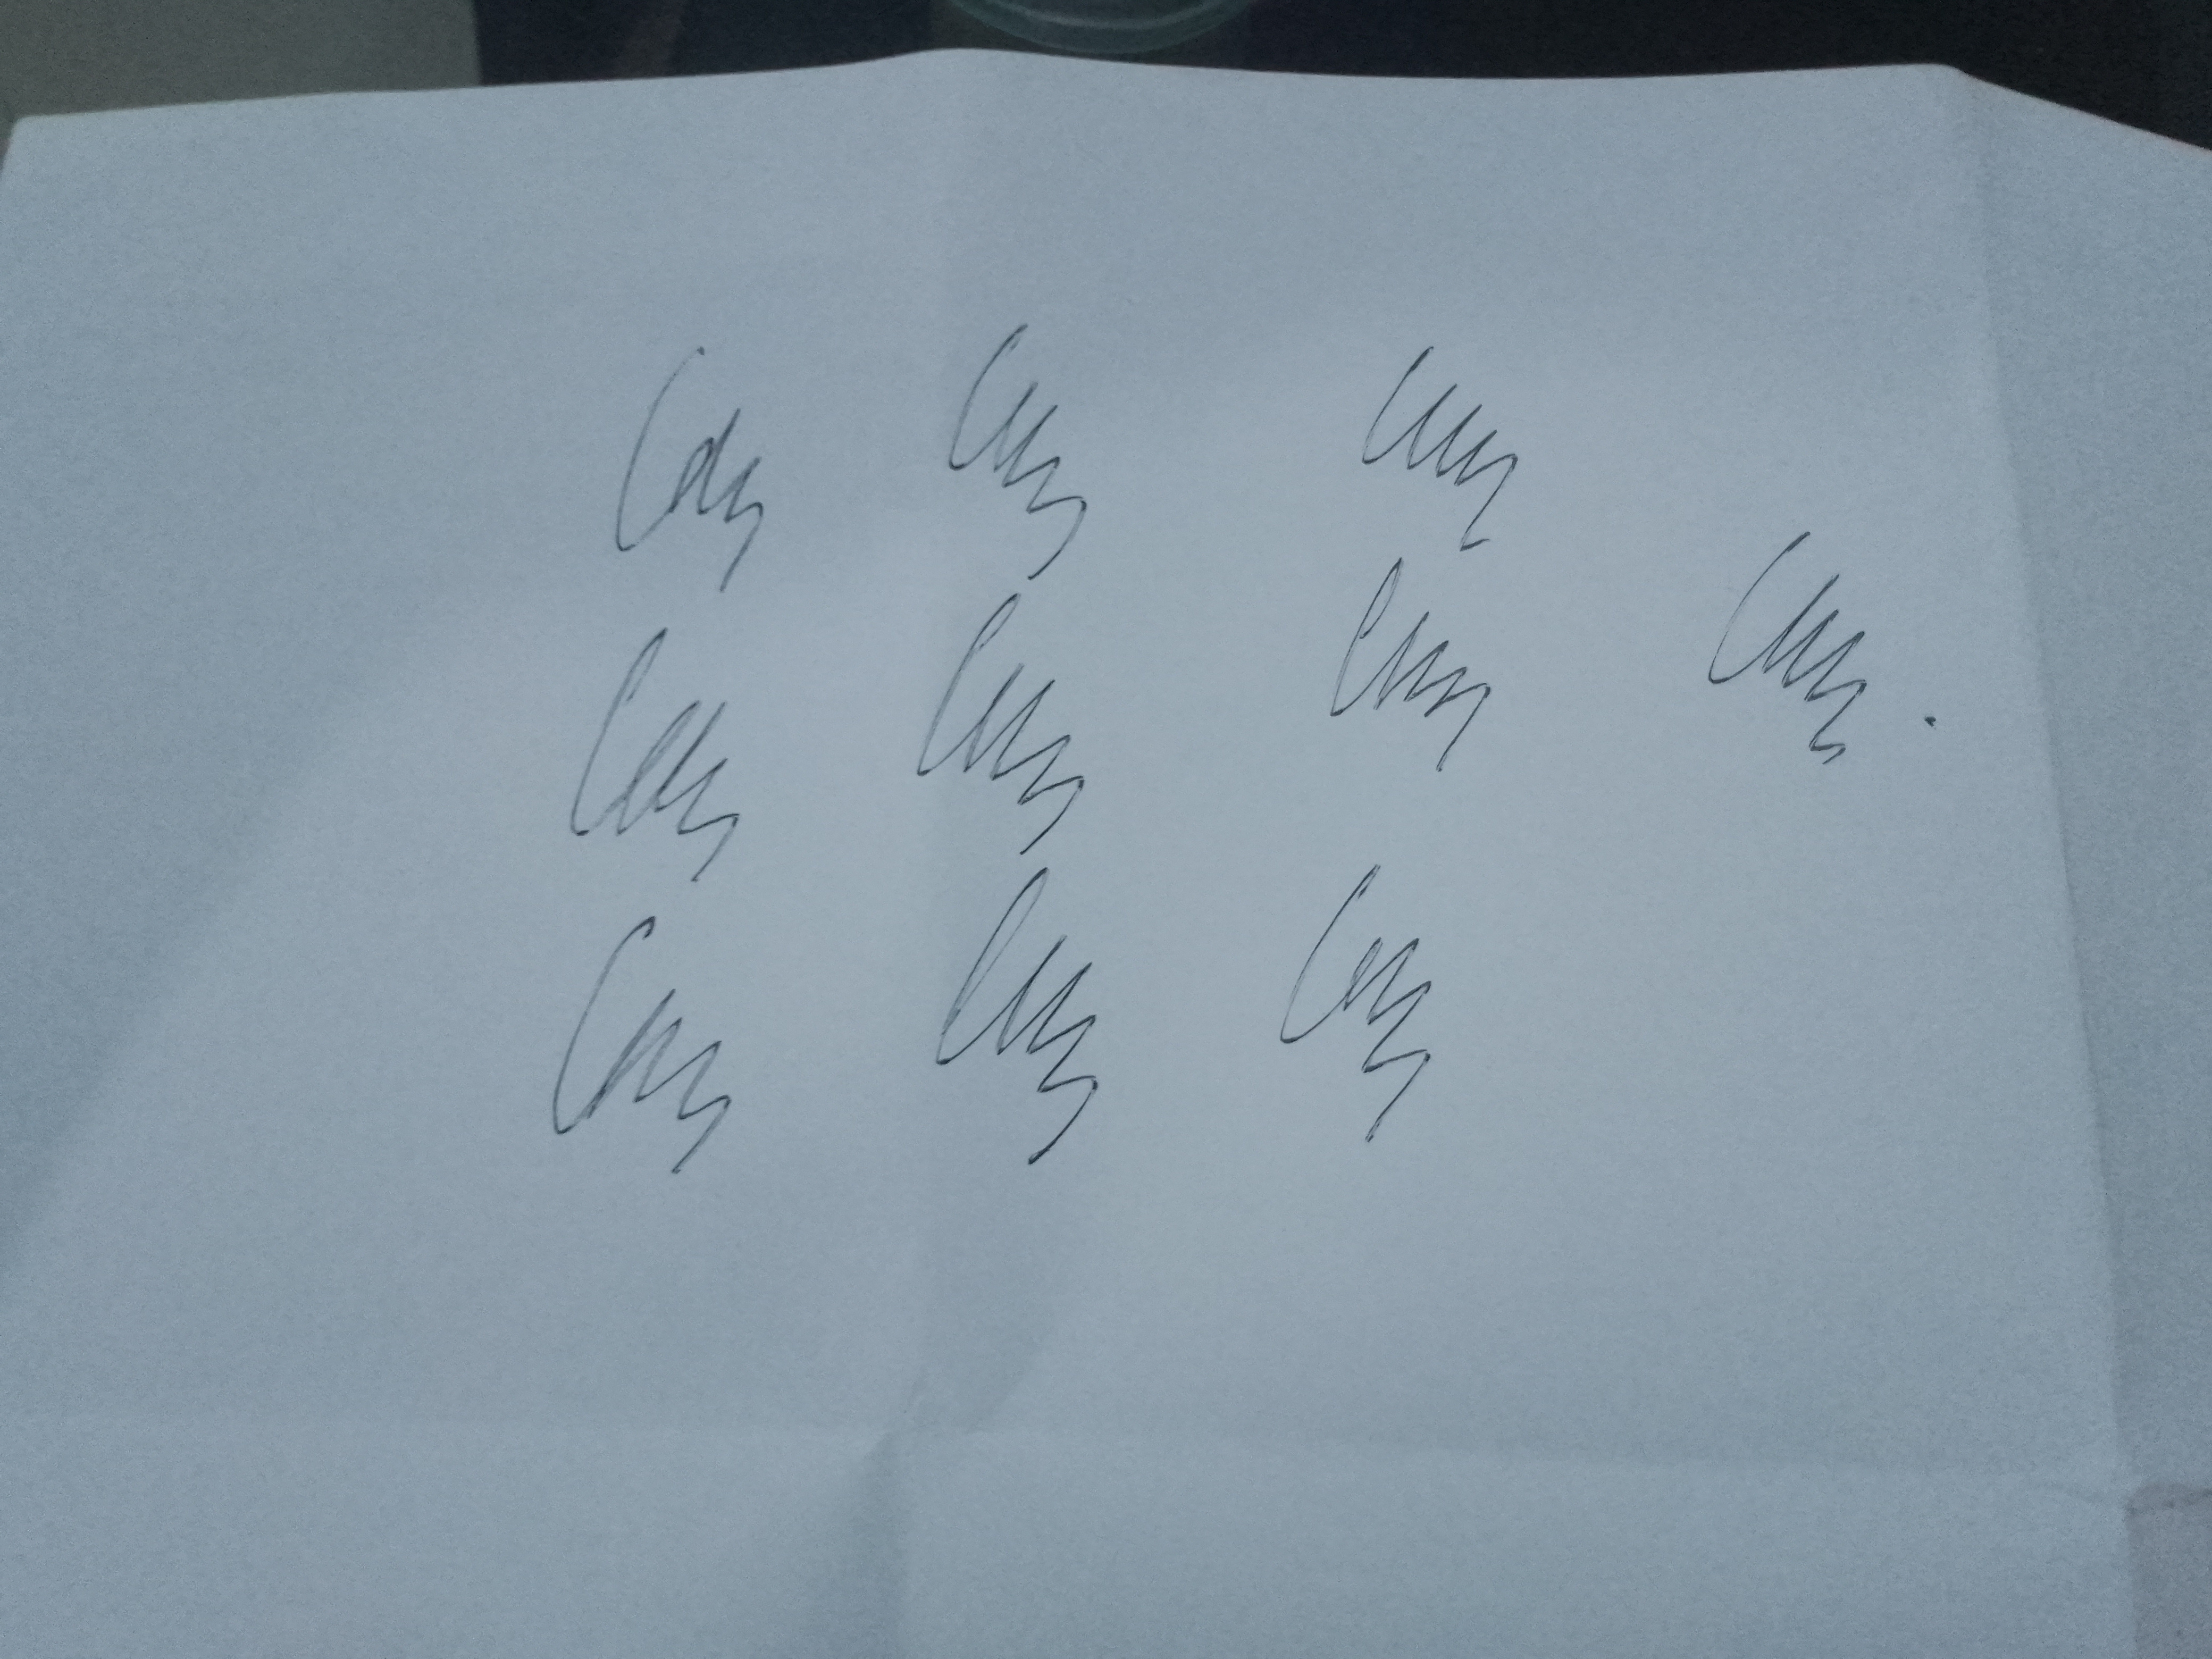
Signature authenticity: genuine